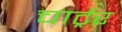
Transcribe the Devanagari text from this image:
चार्ट्रर